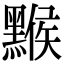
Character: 𪑻